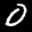
Label: 0